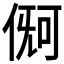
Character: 𪝏